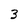
Character: 3